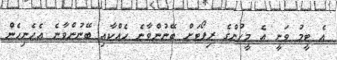
އެ ޓީމު ވަނީ އެ މީހުންގެ ރިޕޯޓަށް ބޭނުންވާނެ ހެއްކާއި ބޭނުންވާނެ އެހެނިހެން